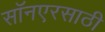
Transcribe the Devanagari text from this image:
सॉनएरसाठी